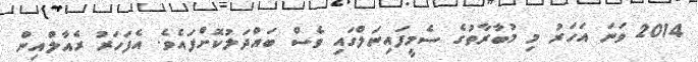
2014 ވަނަ އަހަރު މި މުބާރާތުގެ ސެމީފައިނަލްގައި ވެސް ބައްދަލުކޮށްފައެވެ. އެފަހަރު ރެއާލްއިން